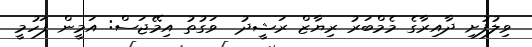
ވިލުފުށި ދާއިރާގެ މެމްބަރު ރިޔާޒް ރަޝީދު  ވަގުތު އިމޭޖަސް: އަމީން ފަހުމީ